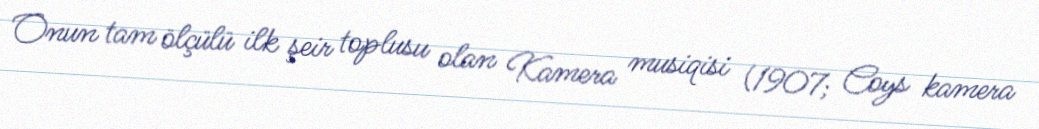
Onun tam ölçülü ilk şeir toplusu olan Kamera musiqisi (1907; Coys kamera